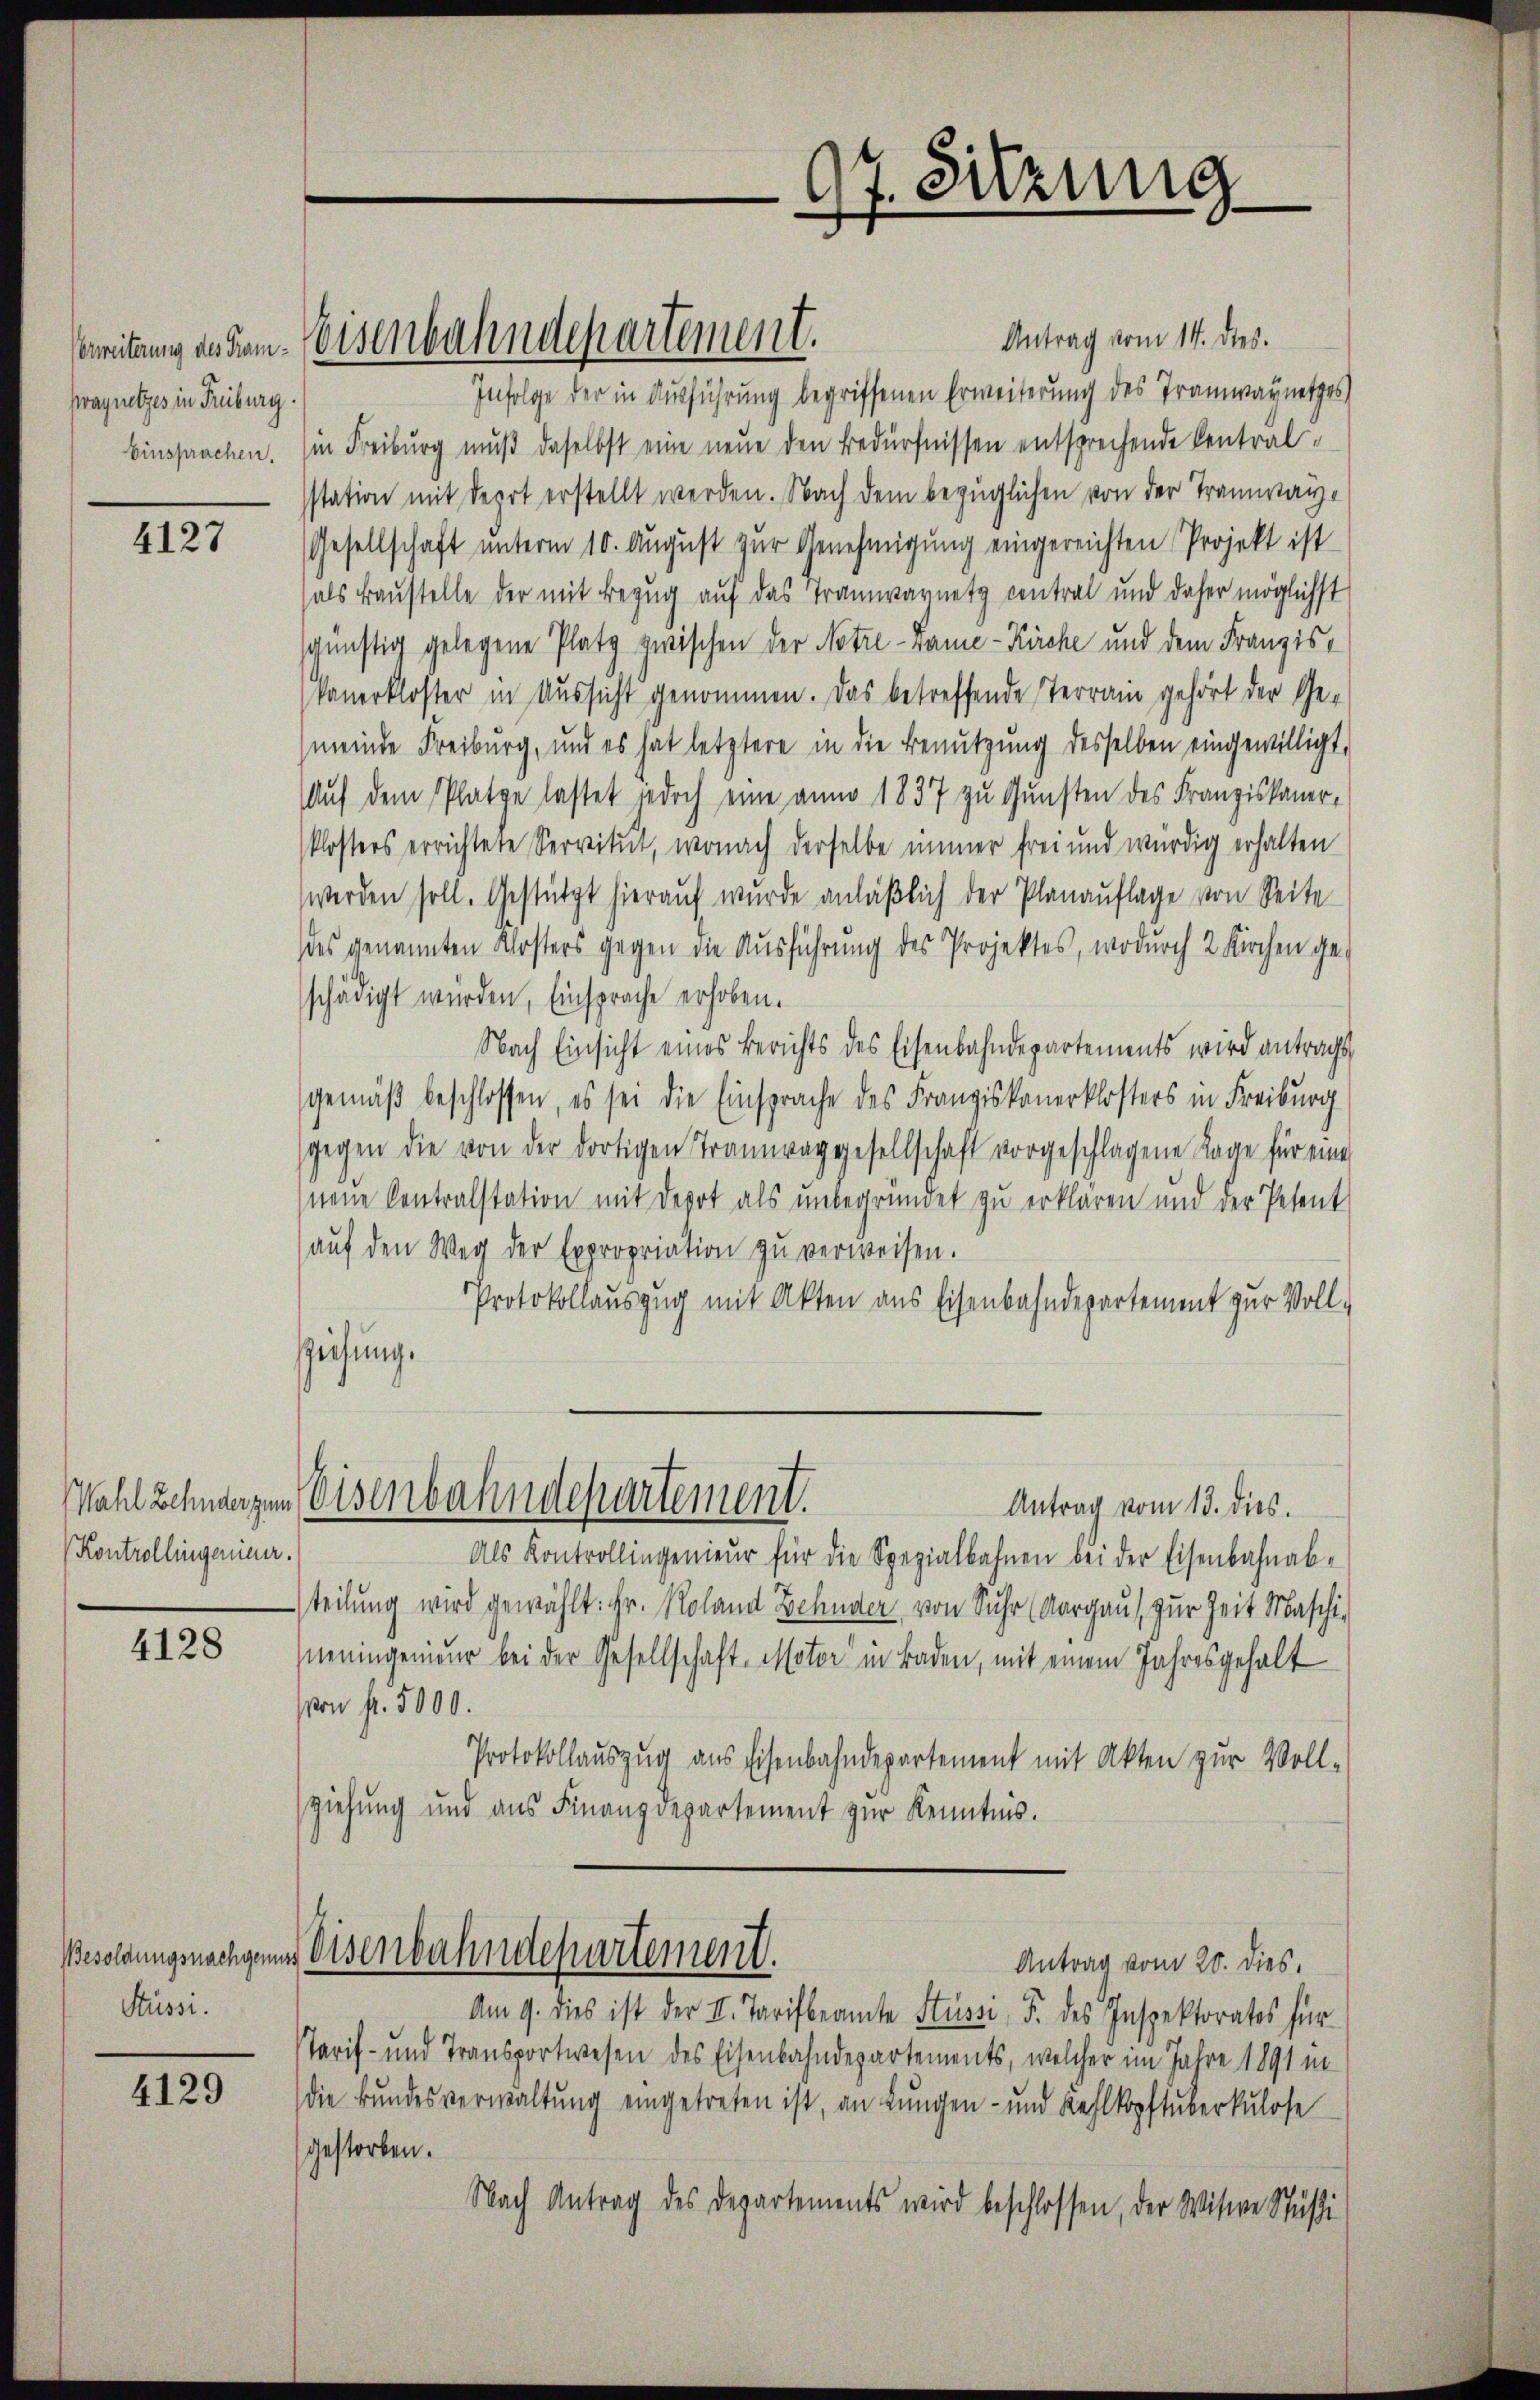
erweiterung des Tramwagnetzes in Freiburg.
Einsprachen.

4127

Kontrollingenimer.

4128

Besoldungsnachgenu
Stüsse.

4129

Antrag vom 14. dies.
Infolge der in Ausführung begriffenen Erweiterung des Tramwaynetzes
in Freiburg muß daselbst eine neue den Bedürfnissen entsprechende Centralstation mit depot erstellt werden. Nach dem bezüglichen von der Tramway¬
Gesellschaft unterm 10. August zur Genehmigung eingereichten Projekt ist
(als Baustelle der mit Bezug auf das Tramwaynets contral und daher möglichst
günstig gelegene Platz zwischen der Notre-vame-Kirche und dem Franzis
kanerkloster in Aussicht genommen. Das betreffende Terrain gehört der Gemeinde Freiburg, und es hat letztere in die Benutzung desselben eingewilligt,
Auf dem Platze lastet jedoch eine anno 1837 zu Gunsten des Franziskaner-
klosters errichtete Servitut, wonach derselbe immer frei und würdig erhalten
werden soll. Gestützt hierauf wurde anläßlich der Planauflage von Seite
des genannten Kosters gegen die Ausführung des Projektes, wodurch 2 Kirchen ge-
schädigt würden, Einsprache erhoben.
Nach Einsicht eines Berichts des Eisenbahndepartements wird antrags
gemäß beschlossen, es sei die Einsprache des Franziskanerklosters in Freiburg
gegen die von der dortigen Traunraggesellschaft vorgeschlagene Tage für eine
neue Centralstation mit Depot als unbegründet zu erklären und der Petent
aŭf den Weg der Expropriation zŭ verweisen.
Protokollauszug mit Akten aus Eisenbahndepartement zur Voll-
speichung.
Wahl Zehndergen Eisenbahndepartement.
Antrag vom 13. dies.
Als Kontrollingenieŭr für die Spezialbahnen bei der Eisenbahnab-
teilung wird gewählt: Fr. Roland Zehnter von Suhr (Aargau, zur Zeit Maschi-
neningemeiner bei der Gesellschaft issotor in Baden, mit einem Jahresgehalt
von fr. 5000.
Protokollauszug aus Eisenbahndepartement mit Akten zur Voll-
ziehung und ans Finanzdepartement zur Kenntnis.
Weisenbahndepartement.
Antrag vom 20. dies,
Am 9. dies ist der II. Tarifbeamte Stüss, F. des Inspektorates für
Tarif- und Transportwesen des Eisenbahndepartements, welcher im Jahre 1891 in
die Bundesverwaltung eingetreten ist, an Lungen- und Kehlkopftuberkulose
gestorben.
Nach Antrag des Departements wird beschlossen, der Witwe Stüßi

Eisenbahndepartement.

97. Sitzung